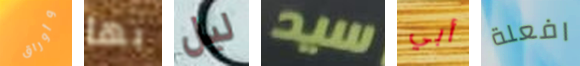
وأوراق بها ليل سيد أبي افعلة